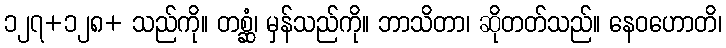
၁၂၇+၁၂၈+ သည်ကို။ တစ္ဆံ၊ မှန်သည်ကို။ ဘာသိတာ၊ ဆိုတတ်သည်။ နေဝဟောတိ၊